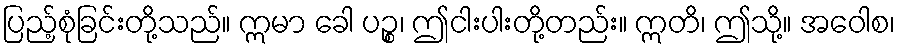
ပြည့်စုံခြင်းတို့သည်။ ဣမာ ခေါ ပဉ္စ၊ ဤငါးပါးတို့တည်း။ ဣတိ၊ ဤသို့။ အဝေါစ၊